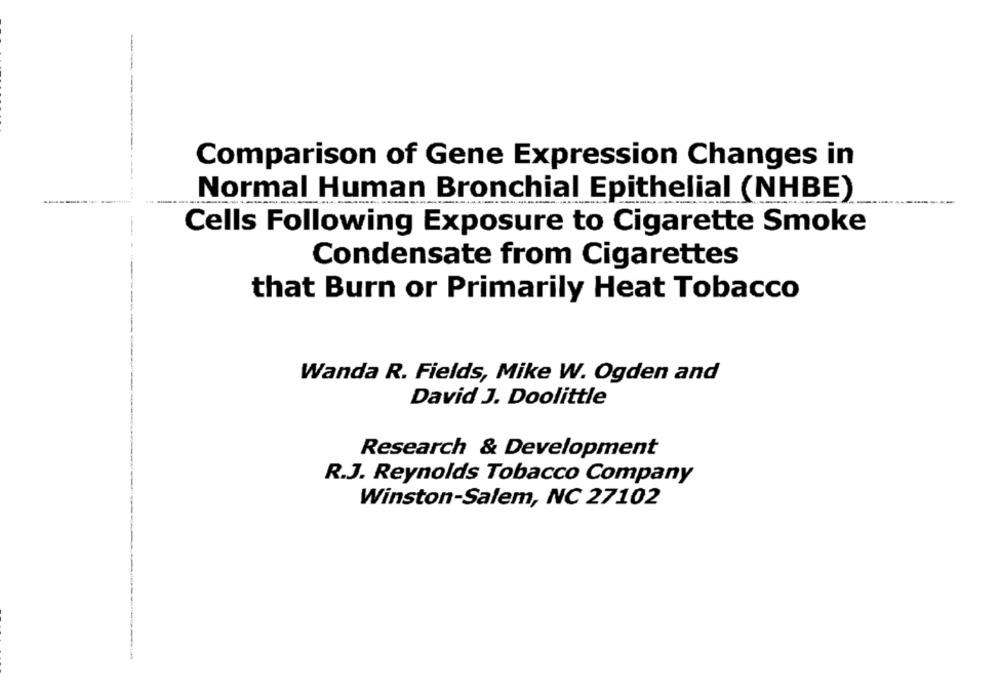
Comparison of Gene Expression Changes in
Normal Human Bronchial Epithelial (NHBE)
Cells Following Exposure to Cigarette Smoke
Condensate from Cigarettes
that Burn or Primarily Heat Tobacco
Wanda R. Fields, Mike W. Ogden and
David J. Doolittle
Research & Development
R.J. Reynolds Tobacco Company
Winston-Salem, NC 27102